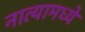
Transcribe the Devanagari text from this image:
नात्यामध्ये